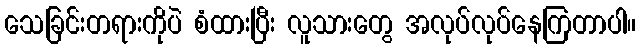
သေခြင်းတရားကိုပဲ စံထားပြီး လူသားတွေ အလုပ်လုပ်နေကြတာပါ။